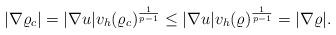
LaTeX: \begin{align*}|\nabla \varrho_c| = |\nabla u| v_h(\varrho_c)^{\frac{1}{p-1}} \le |\nabla u| v_h(\varrho)^{\frac{1}{p-1}} = |\nabla \varrho|.\end{align*}